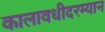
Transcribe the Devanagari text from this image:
कालावधीदरम्यान